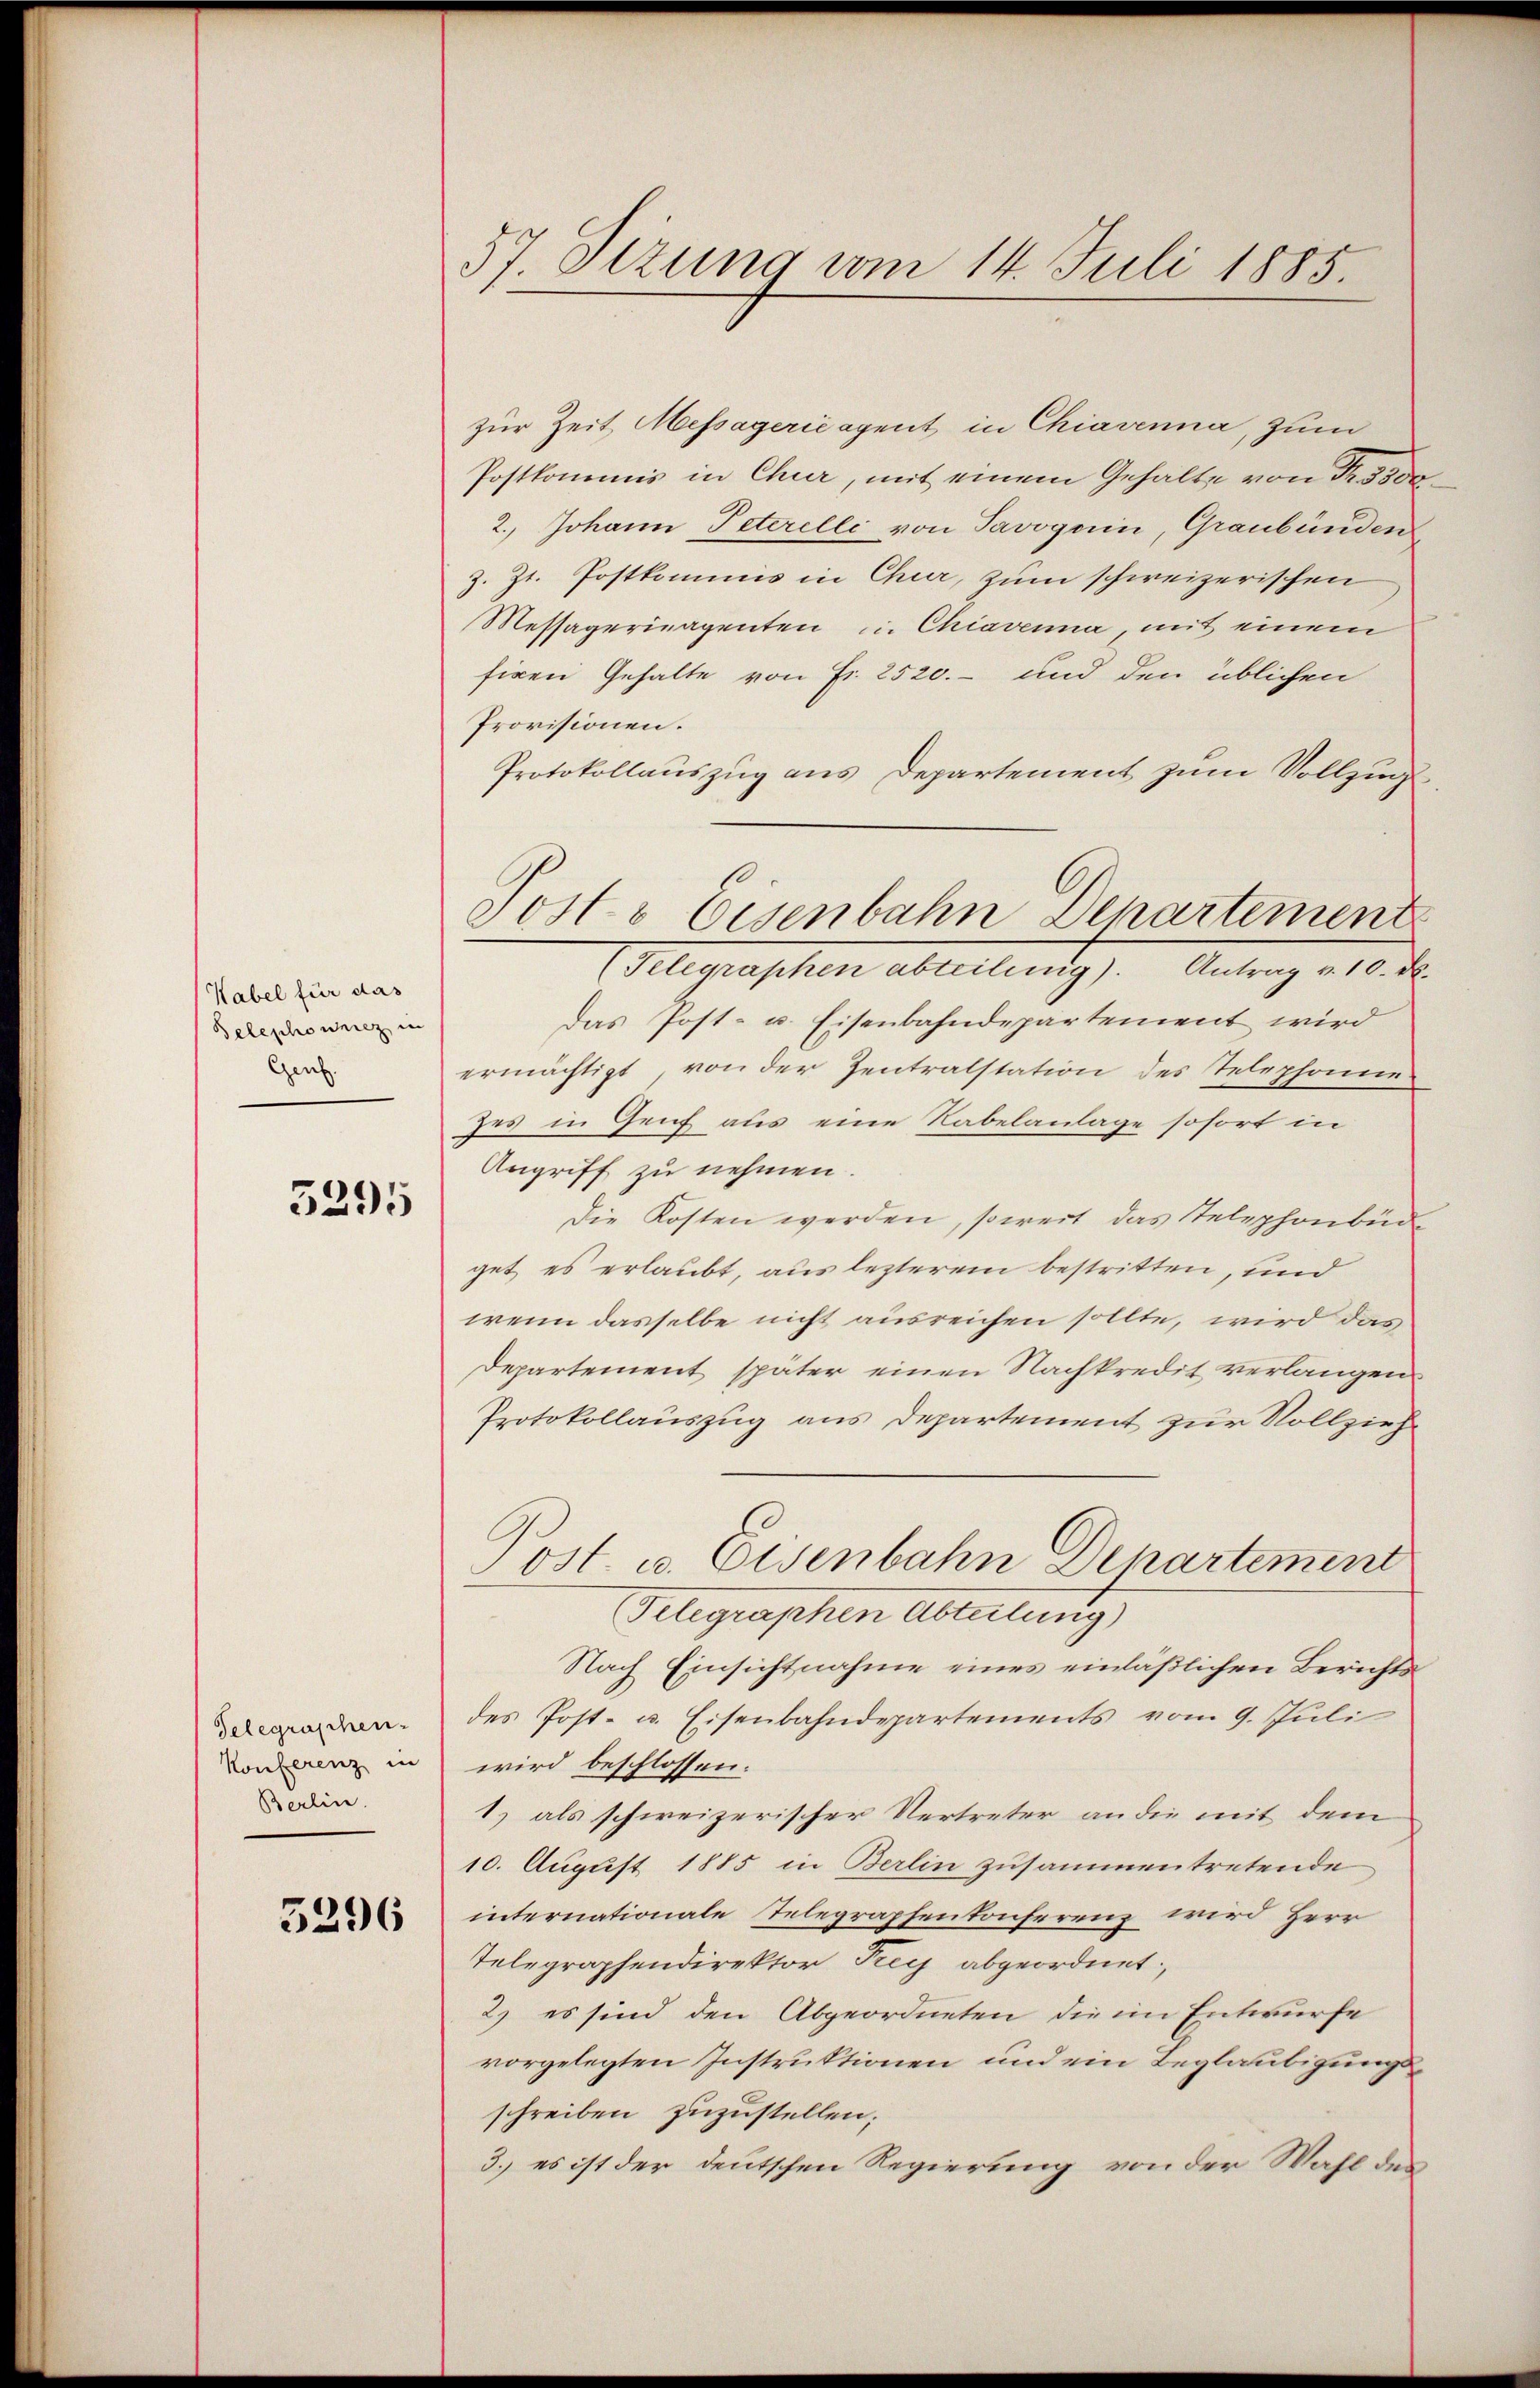
Kabel für das
Telephownicz in
Gen.

5295

Gelegraphen-
Konferenz in
Berlin.

5296

57. Otzung vom 14. Juli 1885

zur Zeit Messageric agent in Chiavenna, zum
Postkommis in Chur, mit einem Gehalte von Fr. 3500
2. Johann Peterelli von Savoguin, Graubünden
z. Zt. Postkommis in Chur, zum schweizerischen
Messägerinagenten u. Chiavenna, mit einem
fixen Gehalte von Fr. 2520.- und den üblichen
Provisionen.
Protokollauszug aus Departement zum Vollzug
Gelegraphen ableibenitz, Antrag 2108 de
Das Post- u. Eisenbahndepartement wird
ermächtigt von der Zentralstation des Telephonne
zes in Graf aus eine Rabelanlage sofort in
Angriff zu nehmen.
Die Kosten werden, soweit das Telephonbüde
get es erlaubt, aus lezterem bestritten, und
wenn dasselbe nicht ausreichen sollte, wird das
Departement später einen Nachkredit verlangen
Protokollauszug aus Departement zur Vollzieh¬
Post. u. Eisenbahn Departement
Gelegraphen Abteilung)
Nach Einsichtnahme eines einläßlichen Berichtsdes Post- u. Eisenbahndepartements vom 9. Juli
wird beschlossen:
1) als schweizerischer Vertreter an die mit dem
10. August 1885 in Berlin zusammentretende
internationale Telegraphenkonferenz wird Herr
Telegraphendirektor Frey abgeordnet:
2) es sind den Abgeordneten die im Entwurfe
vorgelegten Instruktionen und ein Beglaubigungsschreiben zuzustellen;
3.) es ist der deutschen Regierung von der Wahl des

Post o Eisenbahn Departement

e